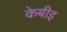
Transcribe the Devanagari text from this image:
केबीइ